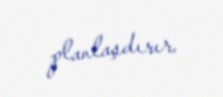
planlaşdırır.